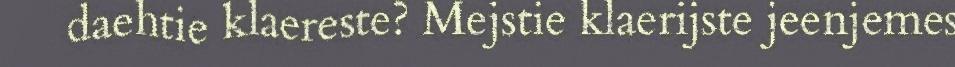
daehtie klaereste? Mejstie klaerijste jeenjemes